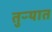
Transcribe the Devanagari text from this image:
तुऱ्यात